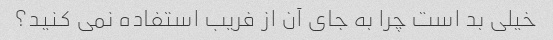
خیلی بد است چرا به جای آن از فریب استفاده نمی کنید؟